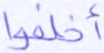
أخلفوا